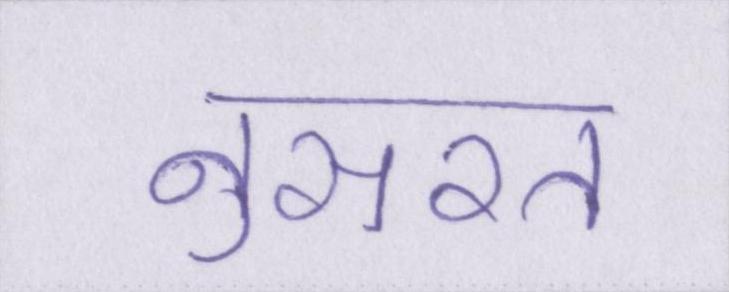
नुसरत